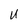
Character: U